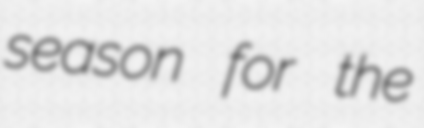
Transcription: season for the